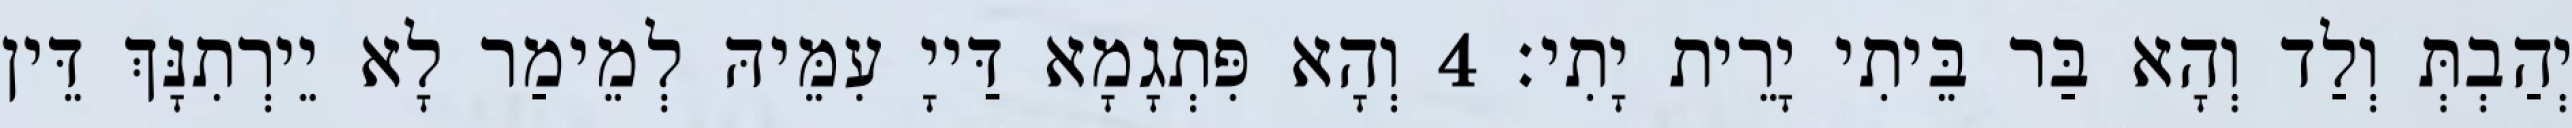
יְהַבְתְּ וְלַד וְהָא בַּר בֵּיתִי יָרֵית יָתִי׃ 4 וְהָא פִּתְגָמָא דַּייָ עִמֵּיהּ לְמֵימַר לָא יֵירְתִנָּךְ דֵּין